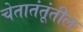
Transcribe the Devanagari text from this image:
चेतातंतूंतील